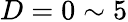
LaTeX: D=0\sim 5